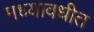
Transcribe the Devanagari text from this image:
मध्यावधीत